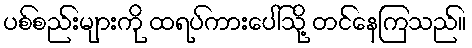
ပစ်စည်းများကို ထရပ်ကားပေါ်သို့ တင်နေကြသည်။